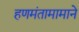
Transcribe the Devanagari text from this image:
हणमंतामामाने